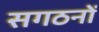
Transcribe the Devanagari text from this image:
सगठनों